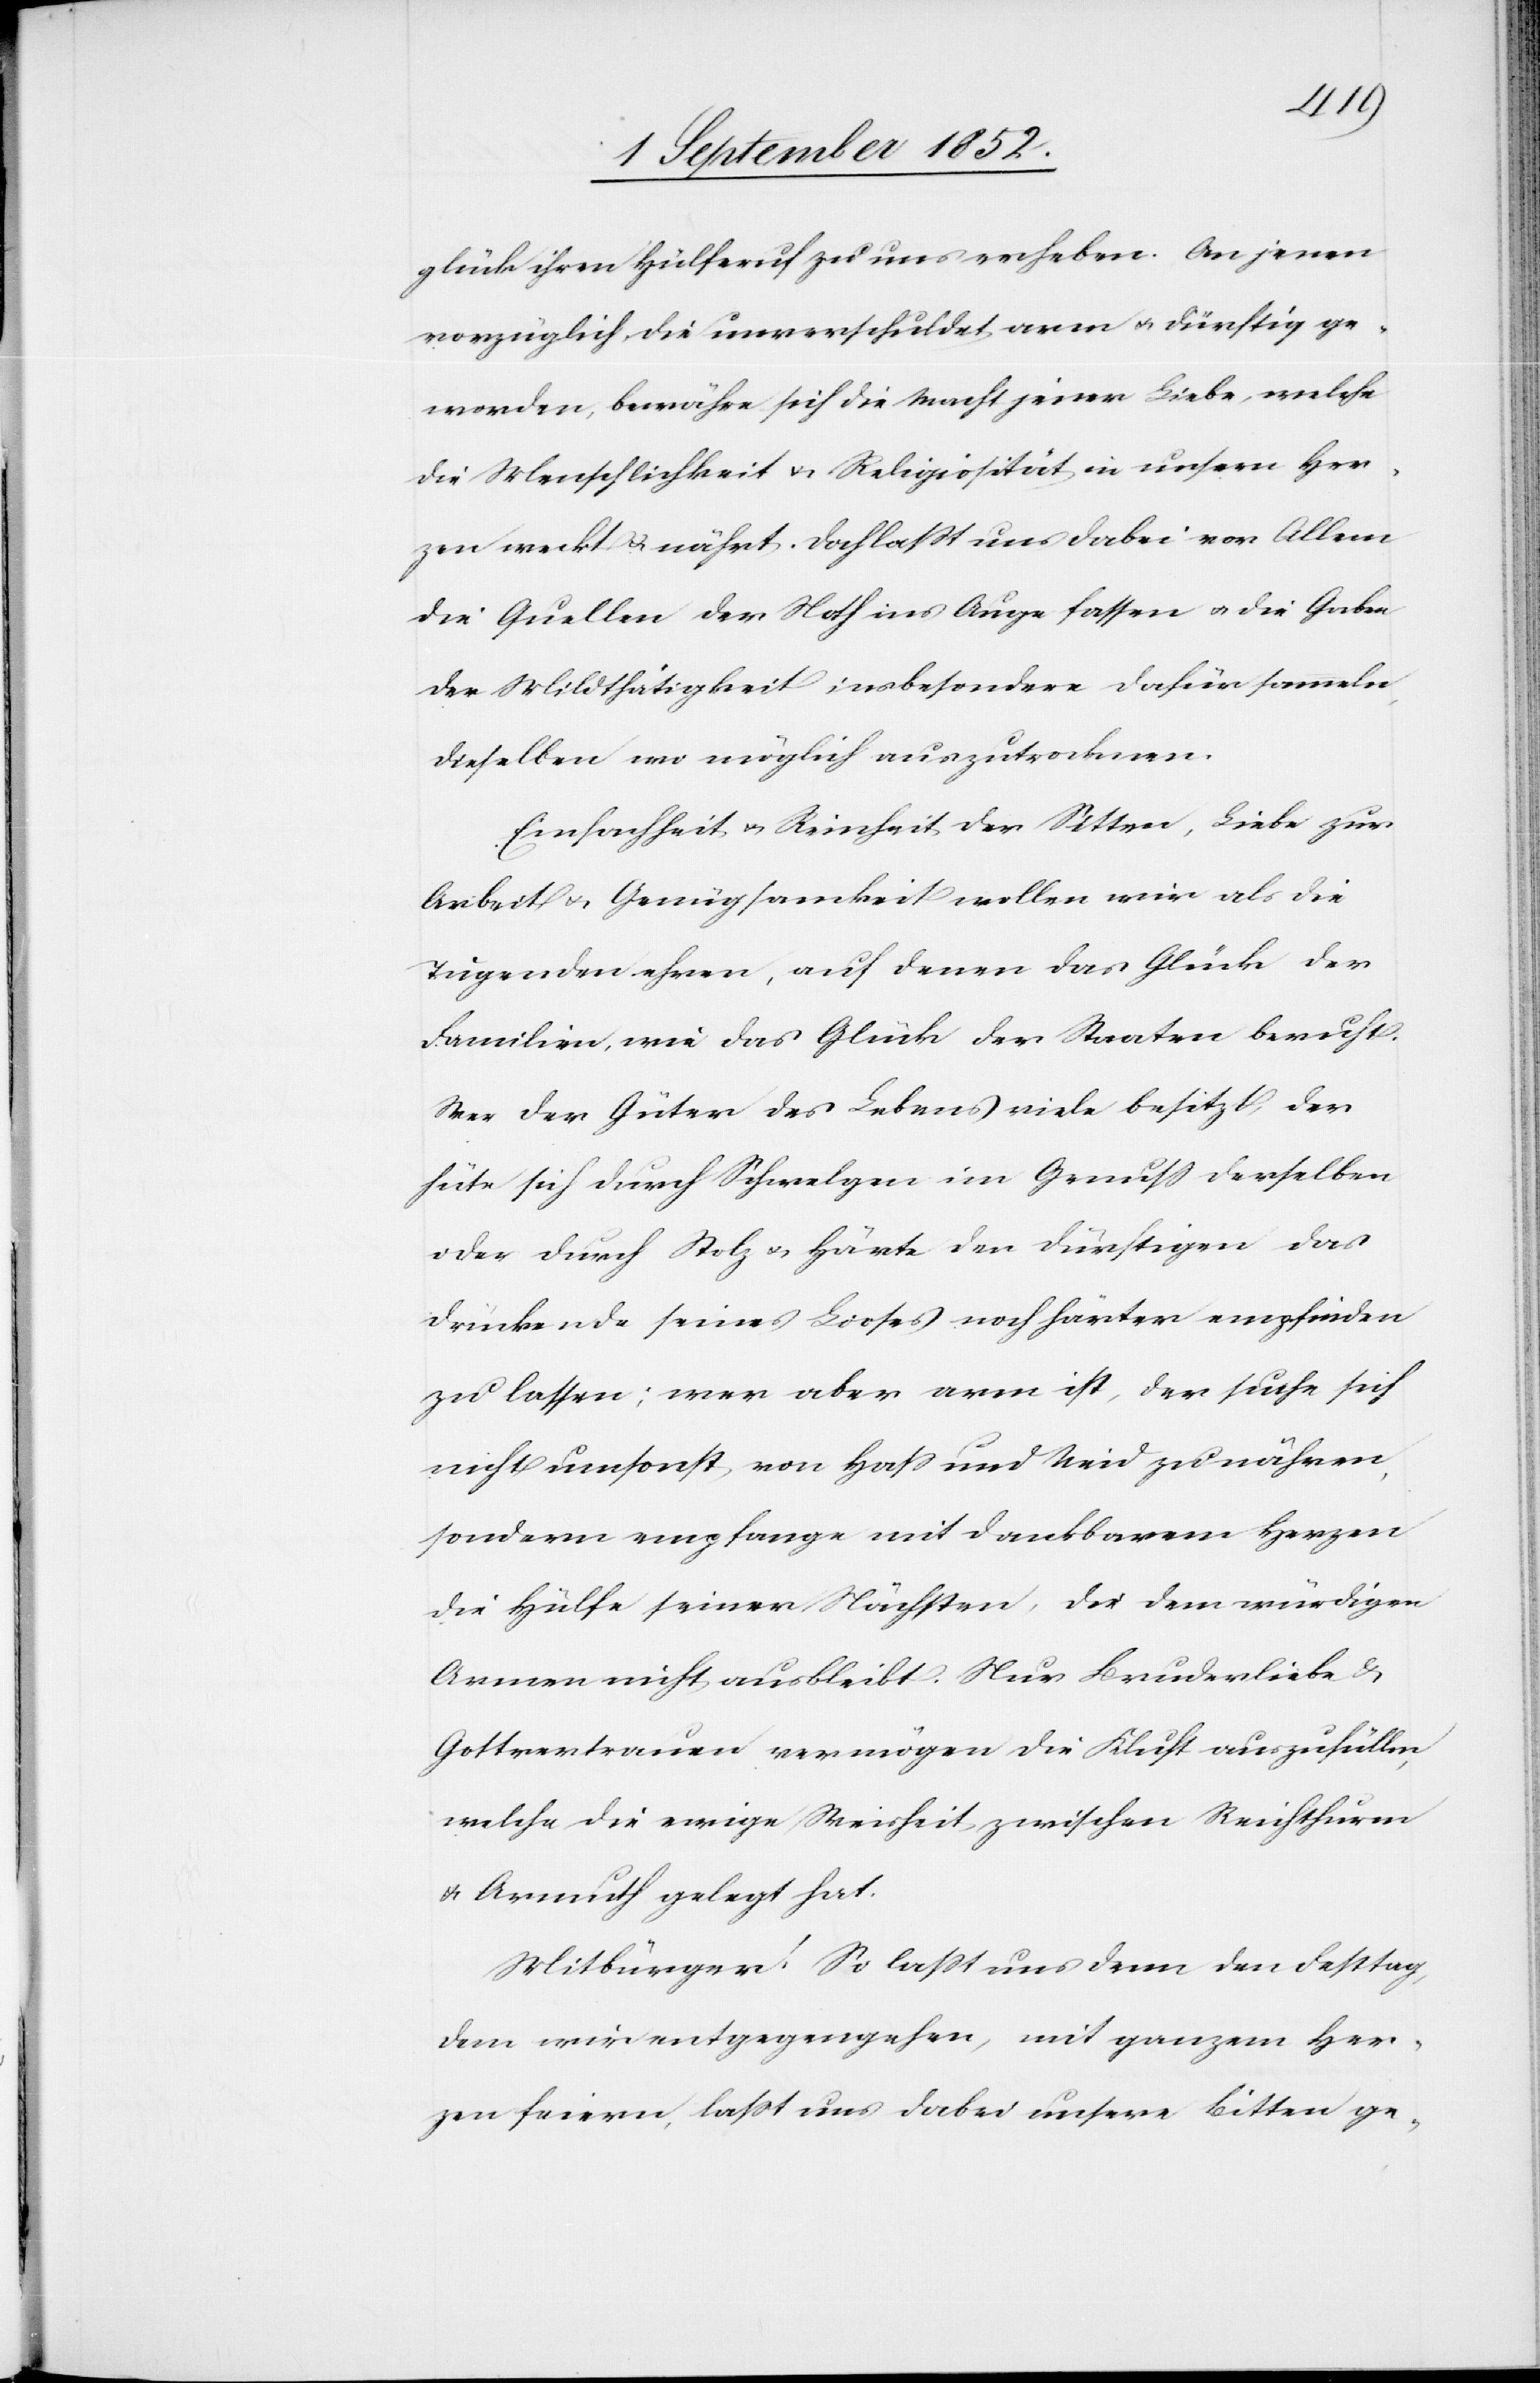
glück ihren Hülferuf zu uns erheben. An jenen
vorzüglich, die unverschuldet arm & dürftig ge¬
worden, bewähre sich die Macht jener Liebe, welche
die Menschlichkeit & Religiosität in unsern Her¬
zen weckt & nährt. Doch lasst uns dabei vor Allem
die Quellen der Noth ins Auge fassen & die Gaben
der Mildthätigkeit insbesondere dafür sammeln,
dieselben wo möglich auszutrocknen.
Einfachheit & Reinheit der Sitten, Liebe zur
Arbeit & Genügsamkeit wollen wir als die
Tugenden ehren, auf denen das Glück der
Familien, wie das Glück der Staaten beruht.
Wer der Güter des Lebens viele besitzt, der
hüte sich durch Schwelgen im Genuss derselben
oder durch Stolz & Härte den Dürftigen das
Drückende seines Looses noch härter empfinden
zu lassen; wer aber arm ist, der suche sich
nicht umsonst von Hass und Neid zu nähren,
sondern empfange mit dankbarem Herzen
die Hülfe seiner Nächsten, die dem würdigen
Armen nicht ausbleibt. Nur Bruderliebe &
Gottvertrauen vermögen die Kluft auszufüllen,
welche die ewige Weisheit zwischen Reichthurm
& Armuth gelegt hat.
Mitbürger! So lasst uns denn den Festtag,
dem wir entgegengehen, mit ganzem Her¬
zen feiern, lasst uns dabei unsere Bitten ge-